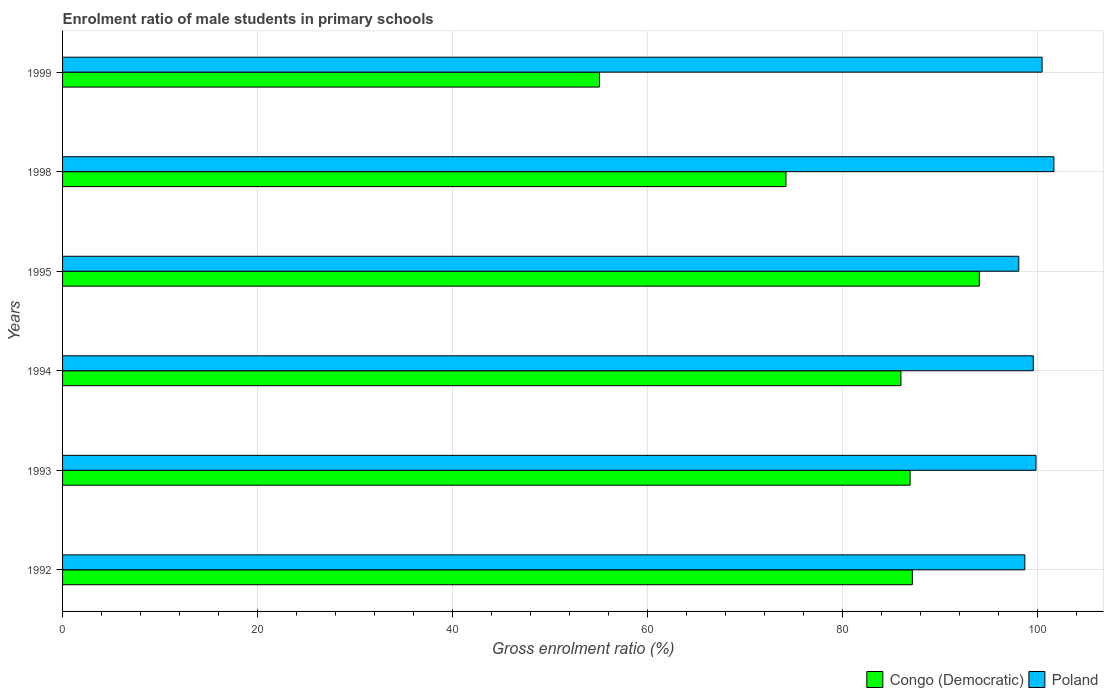
| Years | Congo (Democratic) | Poland |
 | --- | --- | --- |
 | 1992 | 87.2 | 98.7 |
 | 1993 | 86.9 | 99.8 |
 | 1994 | 86 | 99.6 |
 | 1995 | 94 | 98.1 |
 | 1998 | 74.2 | 102 |
 | 1999 | 55.1 | 100 |